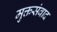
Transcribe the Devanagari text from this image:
मुक्तसंवाद